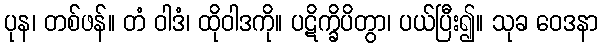
ပုန၊ တစ်ဖန်။ တံ ဝါဒံ၊ ထိုဝါဒကို။ ပဋိက္ခိပိတွာ၊ ပယ်ပြီး၍။ သုခ ဝေဒနာ